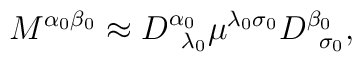
M^{\alpha _{0}\beta _{0}}\approx D_{\;\;\lambda _{0}}^{\alpha _{0}}\mu^{\lambda _{0}\sigma _{0}}D_{\;\;\sigma _{0}}^{\beta _{0}},